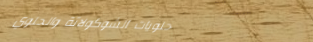
حلويات الشوكولاتة والحلوي